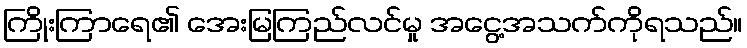
ကြိုးကြာရေ၏ အေးမြကြည်လင်မှု အငွေ့အသက်ကိုရသည်။